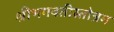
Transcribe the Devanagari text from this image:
श्रीभगवतीस्तोत्रम